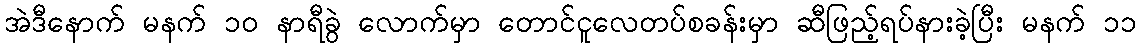
အဲဒီနောက် မနက် ၁၀ နာရီခွဲ လောက်မှာ တောင်ငူလေတပ်စခန်းမှာ ဆီဖြည့်ရပ်နားခဲ့ပြီး မနက် ၁၁